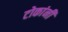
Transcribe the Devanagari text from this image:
टोकांनी